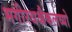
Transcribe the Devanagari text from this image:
भगीरथश्चैकलव्यो